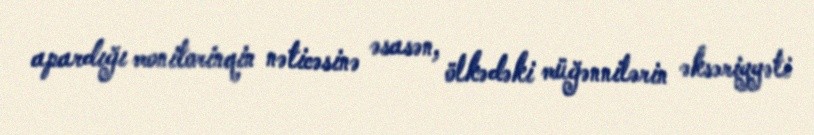
apardığı monitorinqin nəticəsinə əsasən, ölkədəki müğənnilərin əksəriyyəti